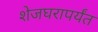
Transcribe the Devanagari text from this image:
शेजघरापर्यंत